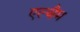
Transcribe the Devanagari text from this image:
एल्थैम